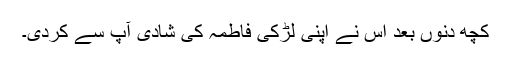
کچھ دنوں بعد اس نے اپنی لڑکی فاطمہ کی شادی آپ سے کردی۔